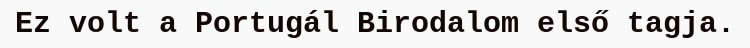
Ez volt a Portugál Birodalom első tagja.